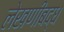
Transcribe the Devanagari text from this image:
लेखणीबद्ध